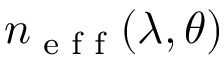
n _ { \textrm { e f f } } ( \lambda , \theta )